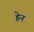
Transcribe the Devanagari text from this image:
ह्नेन